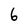
Character: 6